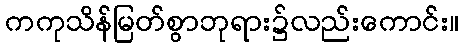
ကကုသိန်မြတ်စွာဘုရား၌လည်းကောင်း။